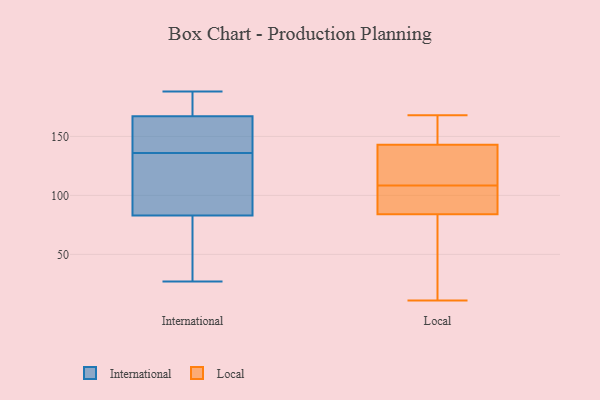
{"axis": {"x": "Energy Usage (MWh)", "y": "Value"}, "legend": ["International", "Local"], "data": [{"x": "", "y": 185, "type": "International"}, {"x": "", "y": 142, "type": "International"}, {"x": "", "y": 79, "type": "International"}, {"x": "", "y": 132, "type": "International"}, {"x": "", "y": 172, "type": "International"}, {"x": "", "y": 116, "type": "International"}, {"x": "", "y": 188, "type": "International"}, {"x": "", "y": 35, "type": "International"}, {"x": "", "y": 162, "type": "International"}, {"x": "", "y": 87, "type": "International"}, {"x": "", "y": 151, "type": "International"}, {"x": "", "y": 76, "type": "International"}, {"x": "", "y": 140, "type": "International"}, {"x": "", "y": 178, "type": "International"}, {"x": "", "y": 160, "type": "International"}, {"x": "", "y": 175, "type": "International"}, {"x": "", "y": 27, "type": "International"}, {"x": "", "y": 36, "type": "International"}, {"x": "", "y": 116, "type": "International"}, {"x": "", "y": 119, "type": "International"}, {"x": "", "y": 96, "type": "Local"}, {"x": "", "y": 127, "type": "Local"}, {"x": "", "y": 165, "type": "Local"}, {"x": "", "y": 168, "type": "Local"}, {"x": "", "y": 121, "type": "Local"}, {"x": "", "y": 84, "type": "Local"}, {"x": "", "y": 11, "type": "Local"}, {"x": "", "y": 61, "type": "Local"}, {"x": "", "y": 143, "type": "Local"}, {"x": "", "y": 90, "type": "Local"}]}